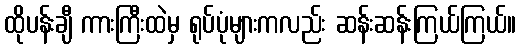
ထိုပန်းချီ ကားကြီးထဲမှ ရုပ်ပုံများကလည်း ဆန်းဆန်းကြယ်ကြယ်။